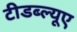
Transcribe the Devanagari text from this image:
टीडब्ल्यूए